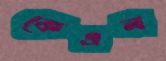
কেএল